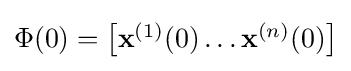
\Phi (0)={\begin{bmatrix}\mathbf {x} ^{(1)}(0)\ldots \mathbf {x} ^{(n)}(0)\end{bmatrix}}